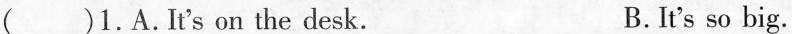
( )1.A.It's on the desk. B.It's so big.